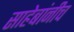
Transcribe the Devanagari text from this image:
साहेबांनीच